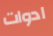
ادوات